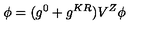
\phi = ( g ^ { 0 } + g ^ { K R } ) V ^ { Z } \phi